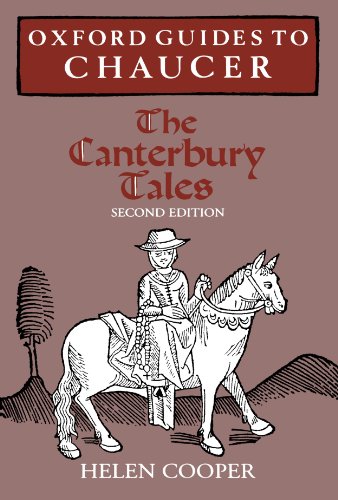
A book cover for Oxford Guides to Chaucer: The Canterbury Tales; Helen Cooper; Christian Books & Bibles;